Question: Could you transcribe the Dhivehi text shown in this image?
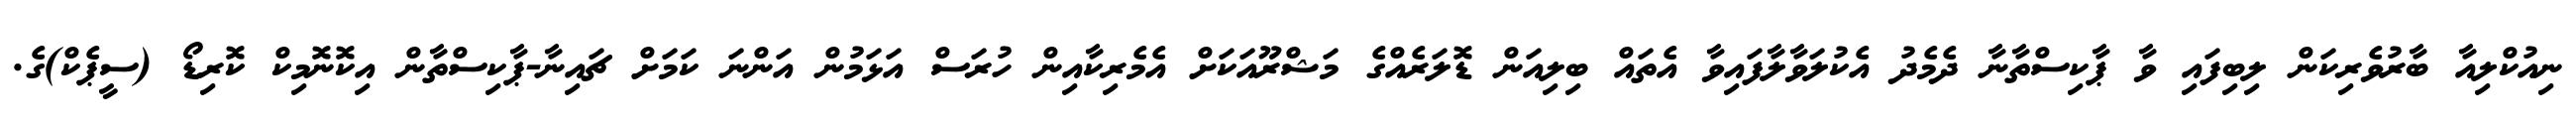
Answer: ނިއުކްލިއާ ބާރުވެރިކަން ލިބިފައި ވާ ޕާކިސްތާނާ ދެމެދު އެކުލަވާލާފައިވާ އެތައް ބިލިއަން ޑޮލަރެއްގެ މަޝްރޫއަކަށް އެމެރިކާއިން ހުރަސް އަޅަމުން އަންނަ ކަމަށް ޗައިނާ-ޕާކިސްތާން އިކޮނޮމިކް ކޮރިޑޯ (ސީޕެކް)ގެ.